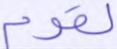
لقوم